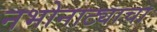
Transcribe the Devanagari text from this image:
नभोनाट्याचा